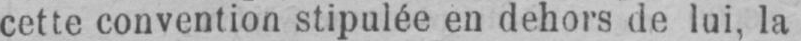
cette convention stipulée en dehors de lui, la